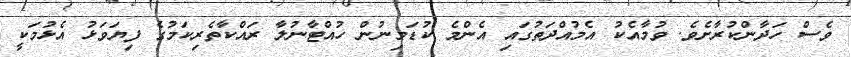
ވެސް ހަދާންކުރާށެވެ. ވުމާއެކު އެމުއްދަތުގައި އެންމެ ކުޑަމިނުން ހުއްޓާނުލާ ރައްކާތެރިކަމުގެ ފިޔަވަޅު އެޅުމަކީ